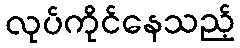
လုပ်ကိုင်နေသည့်